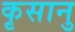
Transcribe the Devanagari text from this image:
कृसानु